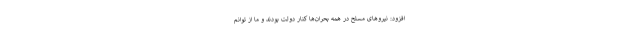
افزود: نیروهای مسلح در همه بحران‌ها کنار دولت بودند و ما از توانم